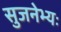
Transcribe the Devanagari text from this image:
सुजनेभ्यः